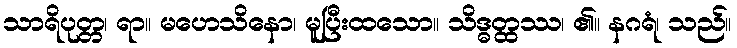
သာရိပုတ္တ၊ ရာ။ မဟေသိနော၊ မူပြီးထသော။ သိဒ္ဓတ္ထဿ၊ ၏။ နဂရံ၊ သည်။